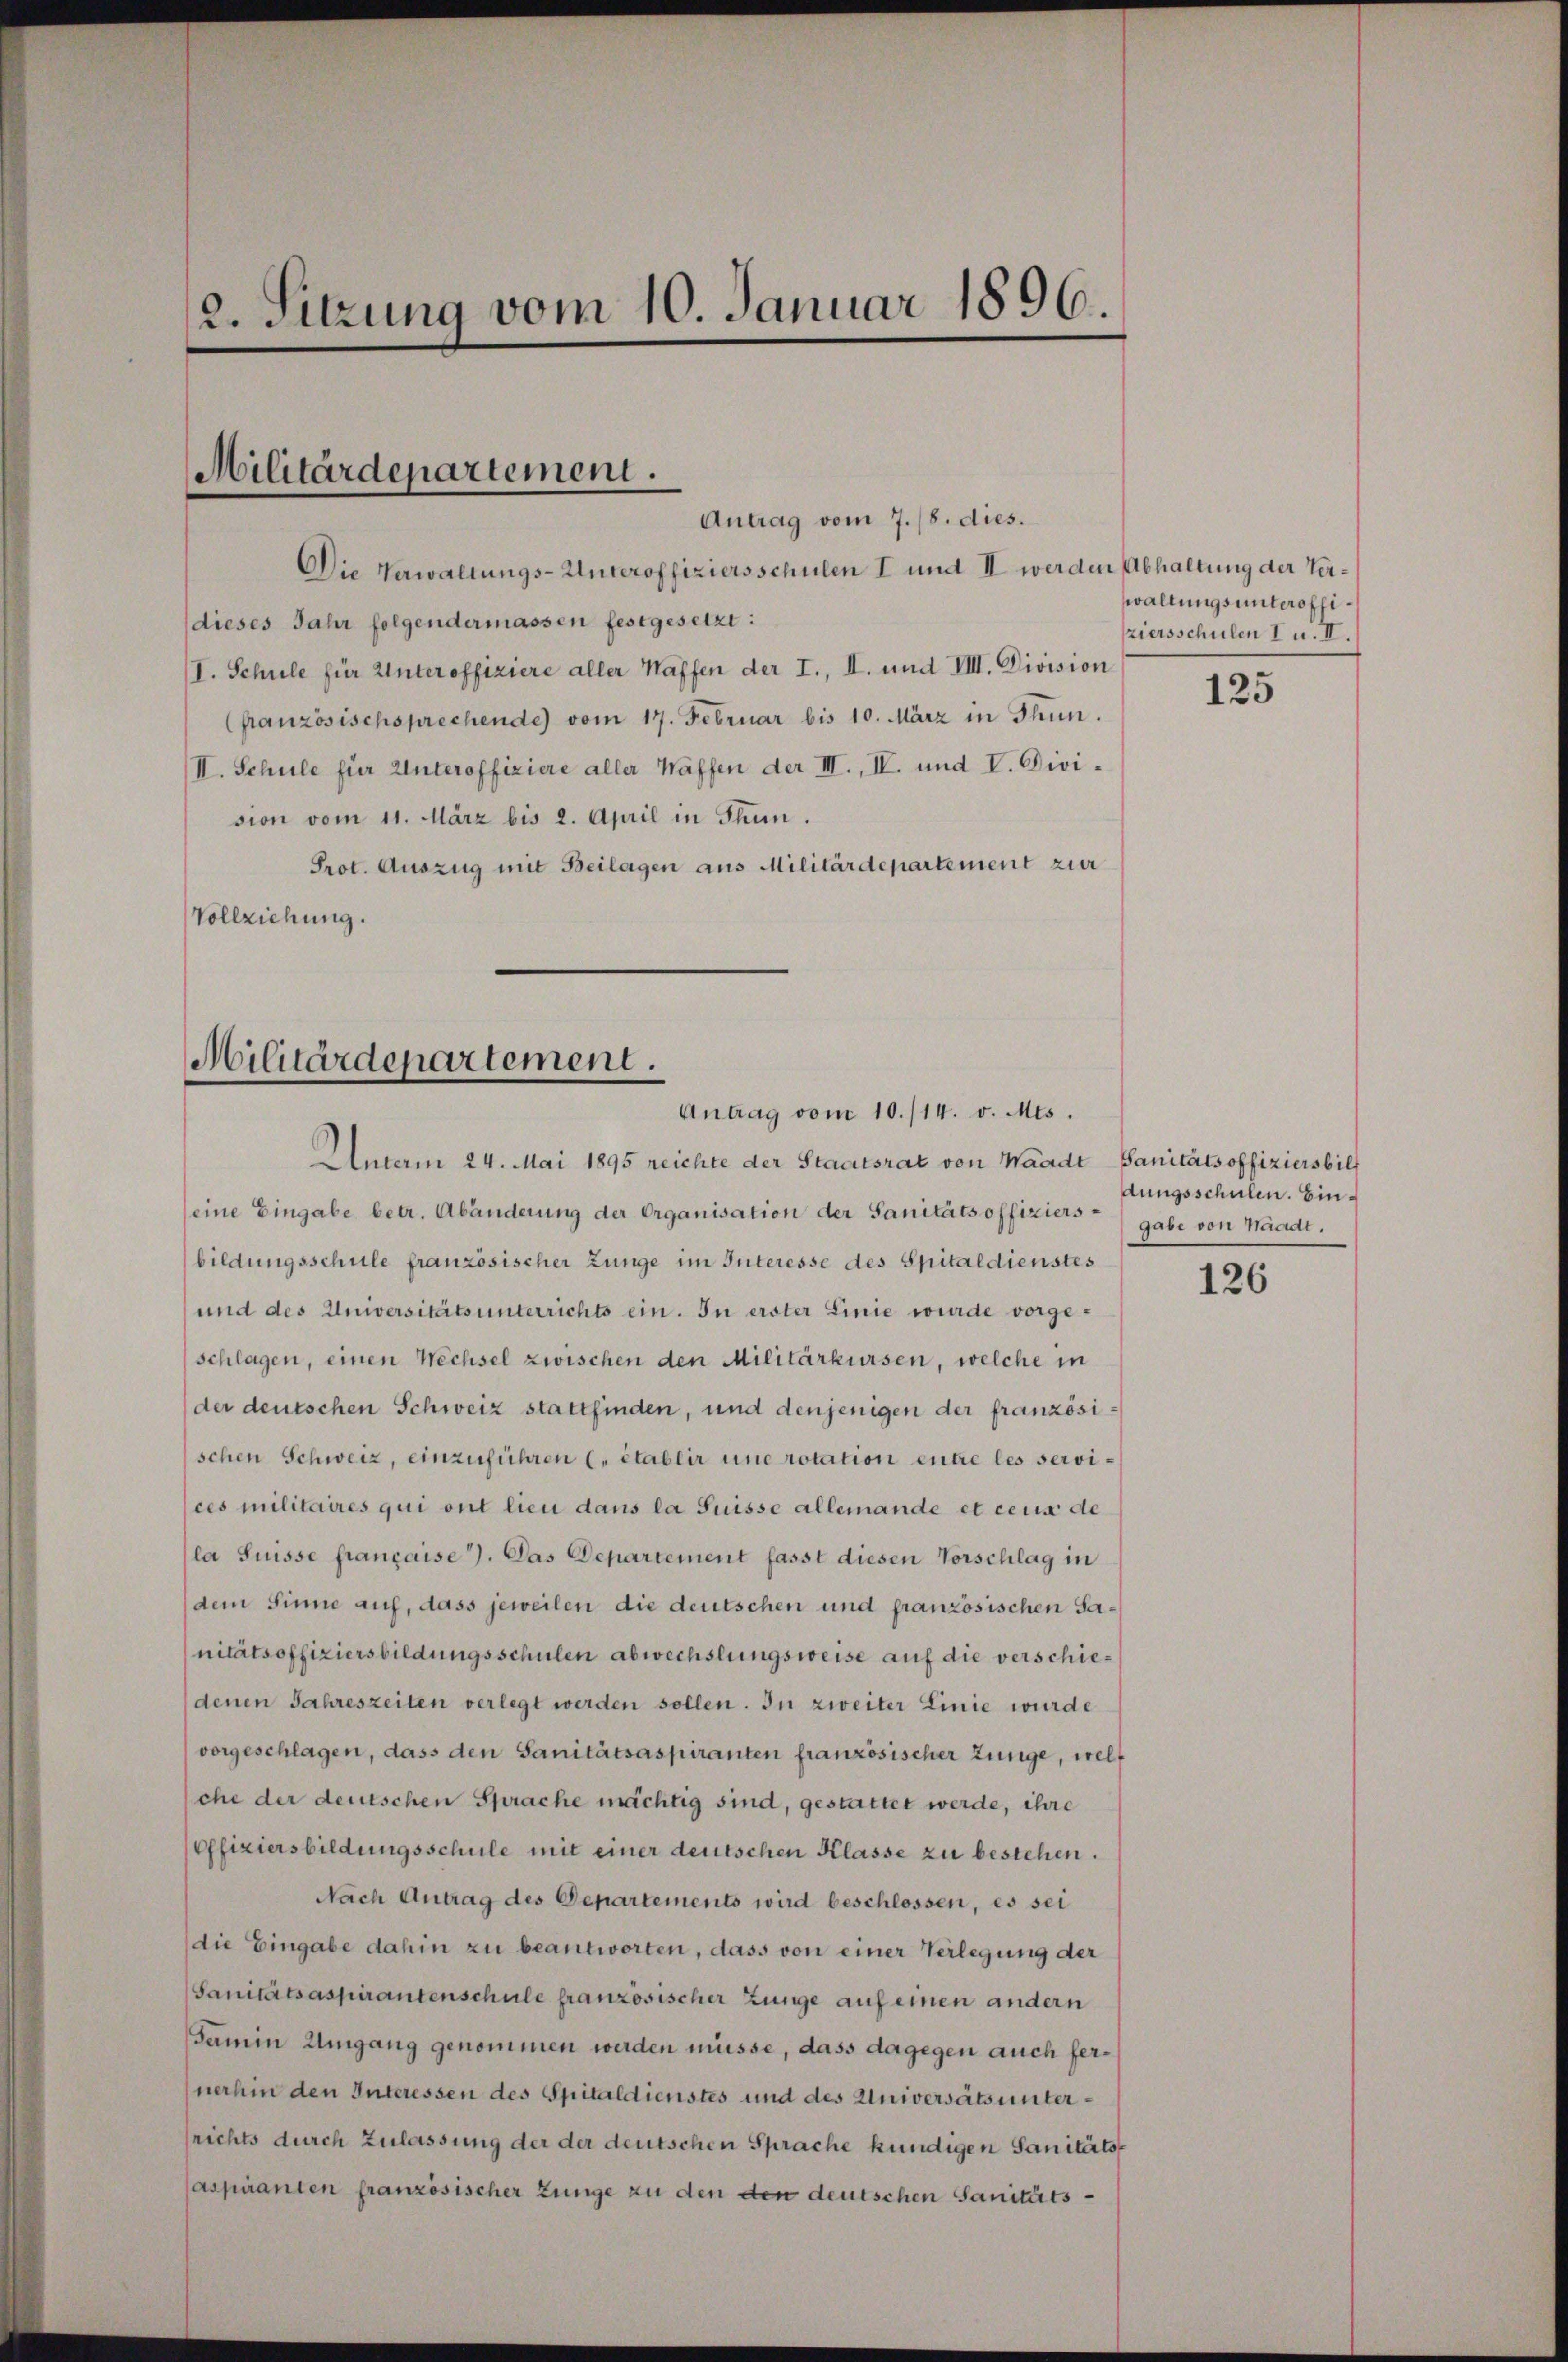
2. Sitzung vom 10. Januar 1896.

Militärdepartement.

Die Verwaltungs-Unteroffiziersschulen I und II werden Abhaltung der Verdieses Jahr folgendermassen festgesetzt:
I. Schule für Unteroffiziere aller Kaffen der I., II. und VIII. Division
(französischsprechende vom 17. Februar bis 10. März in Thun.
II. Schule für Unteroffiziere aller Waffen der III., IV. und V. Division vom 11. März bis 2. April in Thun.
Prot. Auszug mit Beilagen aus Militärdepartement zur
Vollziehung.

Antrag vom 7./8. dies.

Militärdepartement.
Antrag vom 10./14. v. Mts.

Unterm 24. Mai 1895 reichte der Staatsrat von Waadt Sanitätsoffiziers bilf
(eine Eingabe betr. Abänderung der Organisation der Sanitätsoffiziersbildungsschule französischer Zunge im Interesse des Spitaldienstes
und des Universitäts unterrichts ein. In erster Linie wurde vorgeschlagen, einen Wechsel zwischen den Militärkursen, welche in
(der deutschen Schweiz stattfinden, und denjenigen der französischen Schweiz, einzuführen (. établir une rotation entre les services militaires qui ont lieu dans la Suisse allemande et ceux de
la Suisse française 7. Das Departement fasst diesen Vorschlag in
dem Sinne auf, dass jeweilen die deutschen und französischen Sanitätsoffiziersbildungsschulen abwechslungsweise auf die verschiedenen Jahreszeiten verlegt werden sollen. In zweiter Linie wurde
vorgeschlagen, dass den Sanitätsaspiranten französischer Zunge, welche der deutschen Sprache mächtig sind, gestattet werde, ihre
offiziersbildungsschule mit einer deutschen Klasse zu bestehen.
Nach Antrag des Departements wird beschlossen, es sei
die Eingabe dahin zu beantworten, dass von einer Verlegung der
Sanitätsaspirantenschule französischer Zunge auf einen andern
Gamin Umgang genommen werden müsse, dass dagegen auch fernerhin den Interessen des Spitaldienstes und des Universäts unterrichts durch Zulassung der der deutschen Sprache kundigen Sanitätsaspiranten französischer Zunge zu den den deutschen Sanitäts¬

waltungsunteroffiziersschulen I u. II.

125

dungsschulen. Bingabe von Waadt.

126